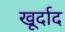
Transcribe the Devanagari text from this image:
खूर्दाद